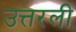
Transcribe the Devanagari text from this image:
उत्तरली